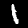
Digit: 1